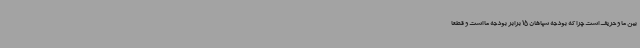
بین ما و حریف است چرا که بودجه سپاهان 15 برابر بودجه ما است و قطعا